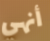
أنهي